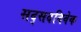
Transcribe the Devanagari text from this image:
सद्सदविवेक